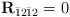
LaTeX: \begin{align*}\mathbf{R}_{\bar{1}2\bar{1}2}=0\end{align*}